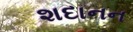
શદાનન